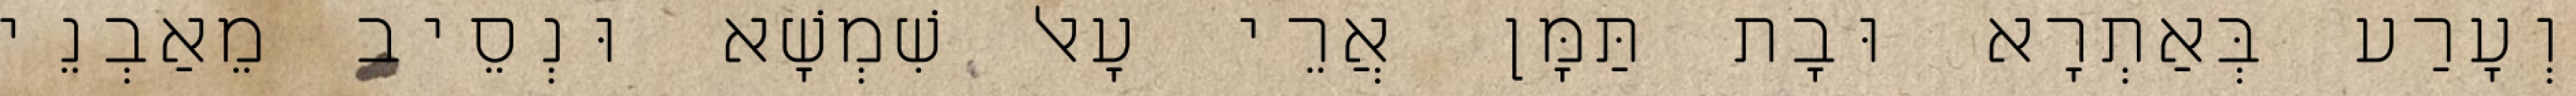
וְעָרַע בְּאַתְרָא וּבָת תַּמָּן אֲרֵי עָאל שִׁמְשָׁא וּנְסֵיב מֵאַבְנֵי